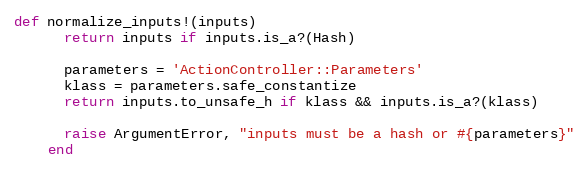
Language: Ruby
def normalize_inputs!(inputs)
      return inputs if inputs.is_a?(Hash)

      parameters = 'ActionController::Parameters'
      klass = parameters.safe_constantize
      return inputs.to_unsafe_h if klass && inputs.is_a?(klass)

      raise ArgumentError, "inputs must be a hash or #{parameters}"
    end